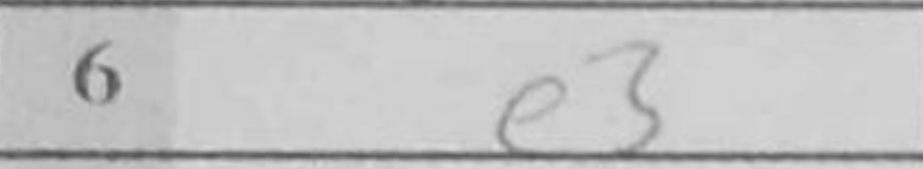
Transcription: e3